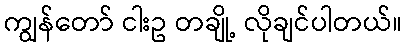
ကျွန်တော် ငါးဥ တချို့ လိုချင်ပါတယ်။